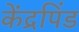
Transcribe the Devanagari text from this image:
केंद्रपिंड